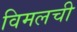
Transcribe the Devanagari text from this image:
विमलची